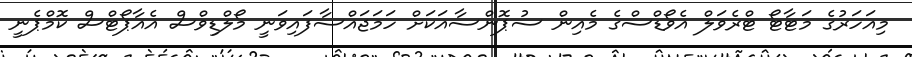
މިއަހަރުގެ މަޓާޓޯ ޓްރެވަލް އެވޯޑްސްގެ މެއިން ސުޕޮންސާއަކަށް ހަމަޖައްސާފައިވަނީ މޯލްޑިވްސް އެއާޕޯޓްސް ކޮމްޕެނީ